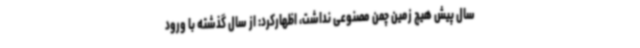
سال پیش هیچ زمین چمن مصنوعی نداشت، اظهارکرد: از سال گذشته با ورود